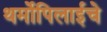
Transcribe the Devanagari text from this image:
थर्मोपिलाईचे